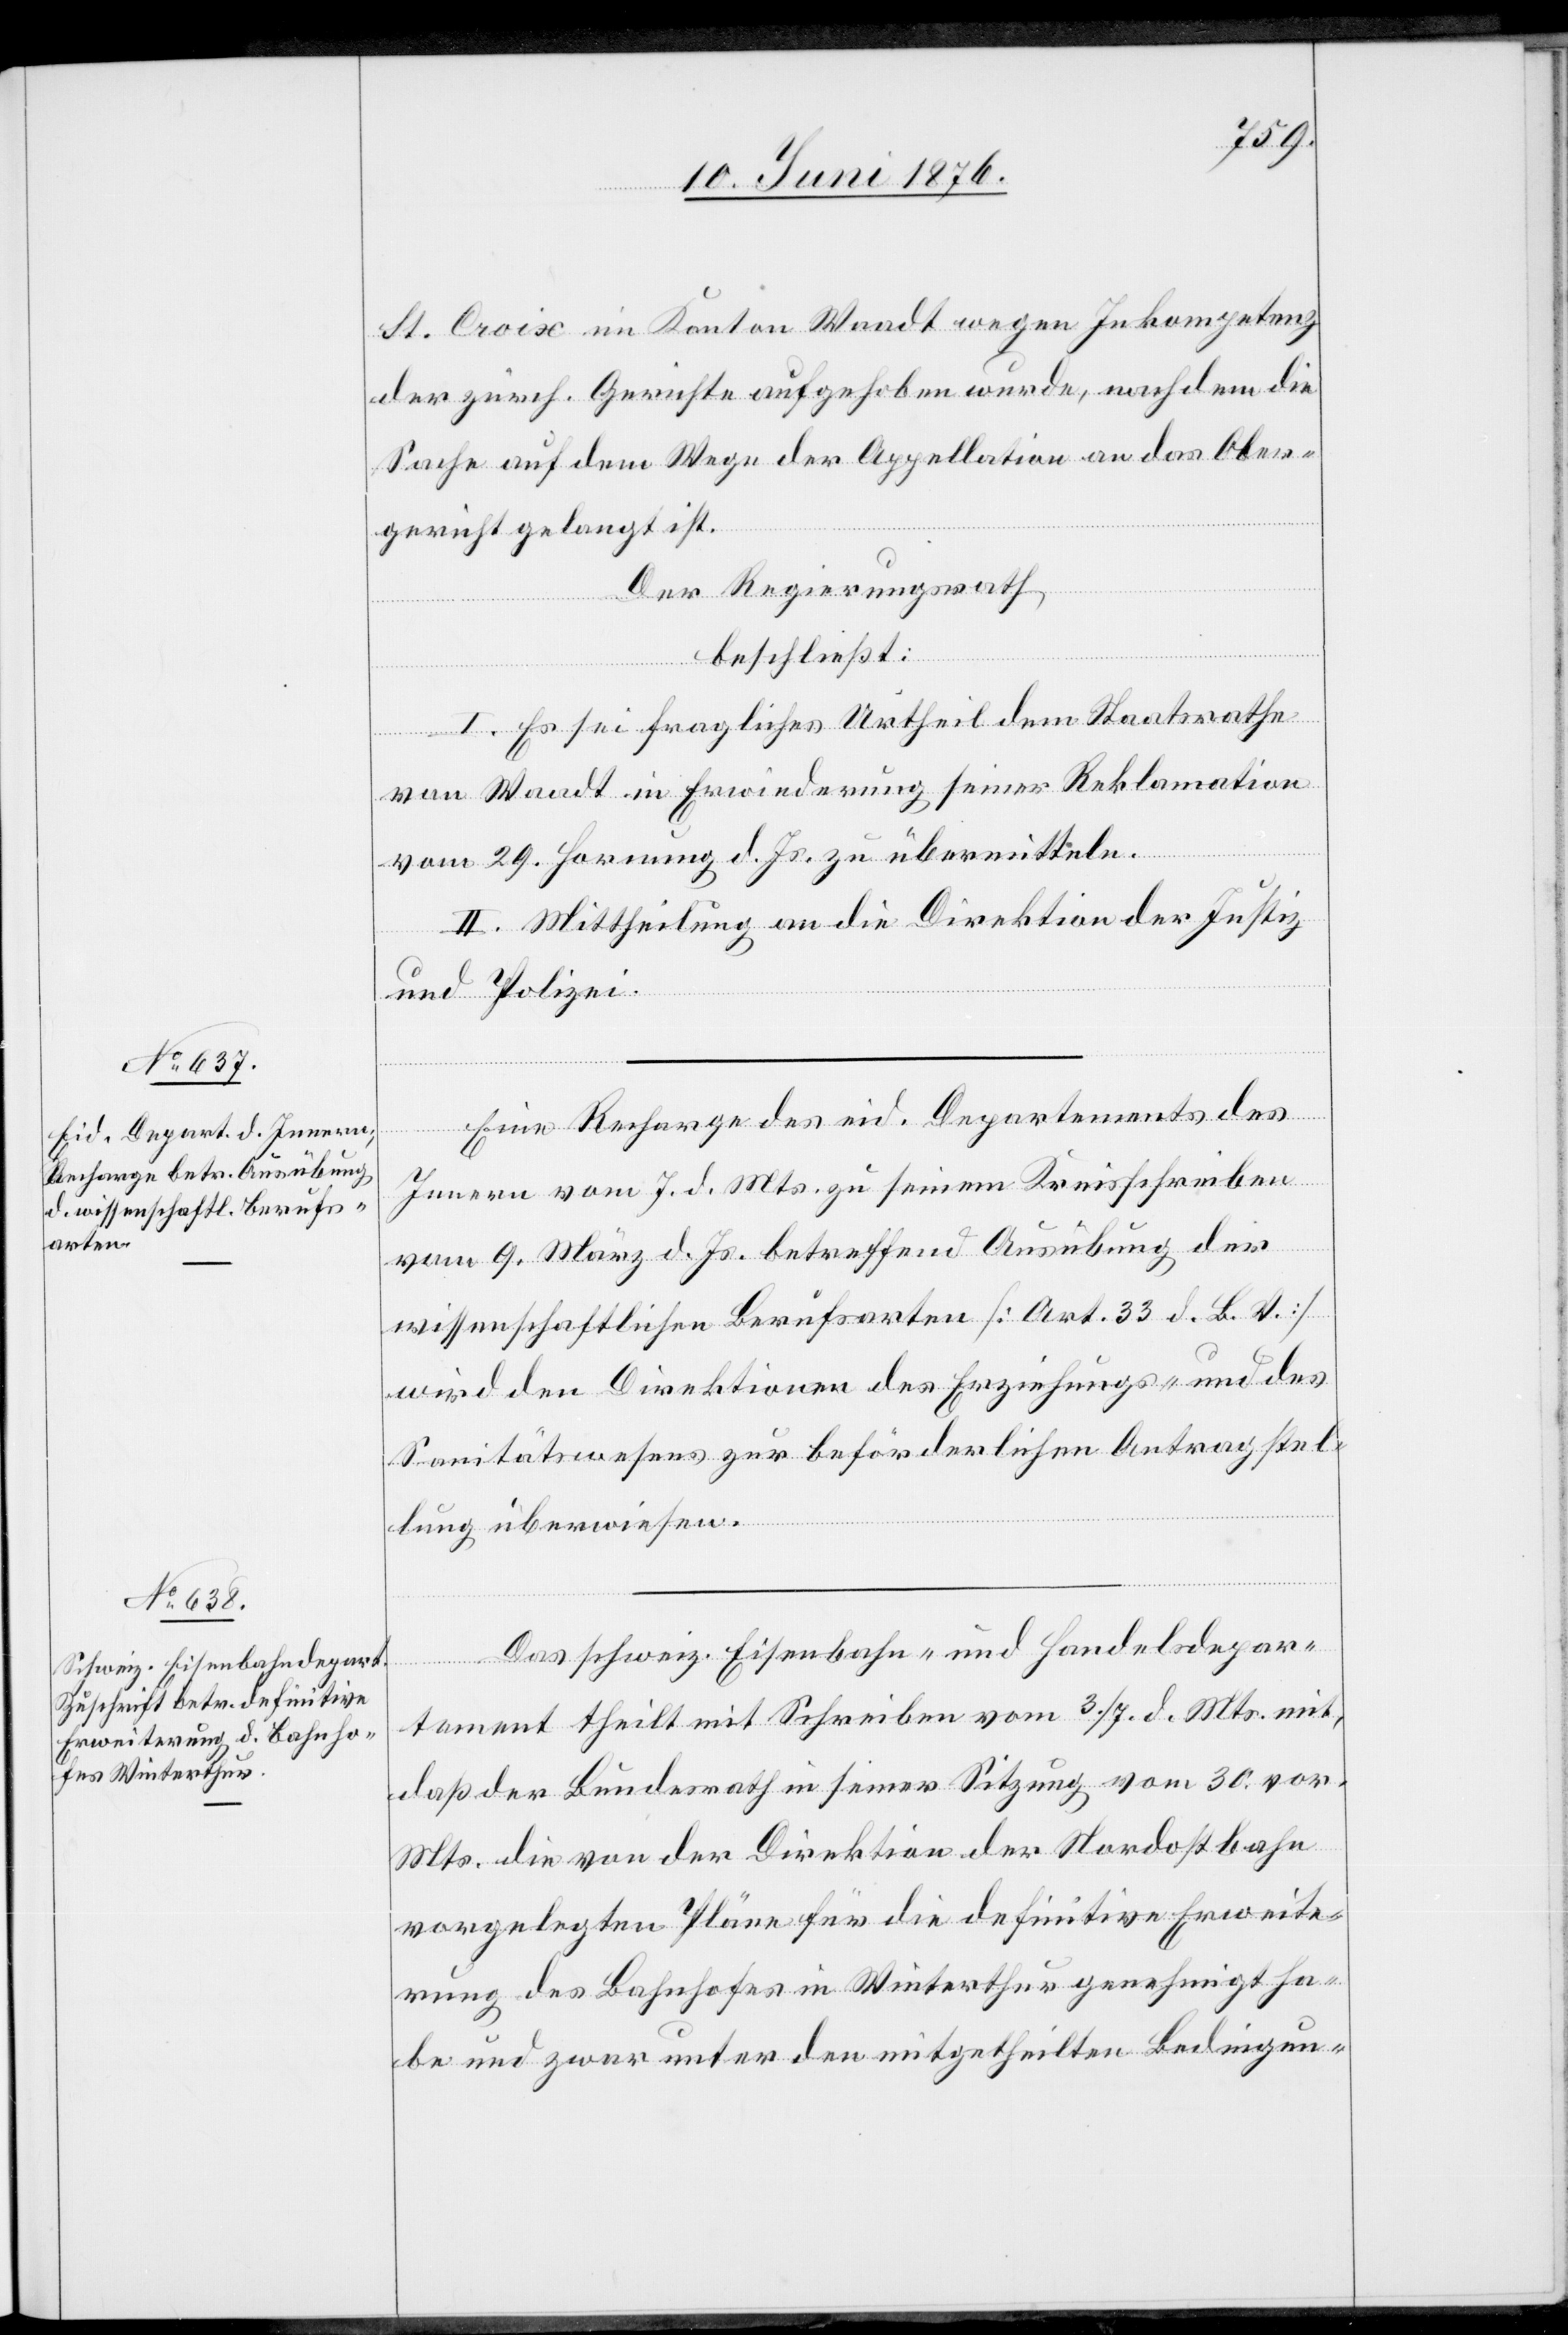
St. Croix im Kantons Waadt wegen Inkompetenz
der zürch. Gerichte aufgegeben wurde, nachdem die
Sache auf dem Wege der Appellation an das Ober¬
gericht gelangt ist.
Der Regierungsrath
beschließt:
I. Es sei fragliches Urtheil dem Staatsrathe
von Waadt in Erwiederung seiner Reklamation
vom 29. Hornung d. Js. zu übermitteln.
II. Mittheilung an die Direktion der Justiz
und Polizei.
Eine Recharge des eid. Departements des
Innern vom 7. d. Mts. zu seinem Kreisschreiben
epar¬
vom 9. März d. Js. betreffend Ausübung der
wissenschaftlichen Berufsarten [Art. 33 d. B. V.]
wird den Direktionen des Erziehungs- und des
Sanitätswesens zur beförderlichen Antragstel¬
lung überwiesen.
tement theilt mit Schreiben vom 3./7. d. Mts. mit,
daß der Bundesrath in seiner Sitzung vom 30. vor.
Mts. die von der Direktion der Nordostbahn
vorgelegten Pläne für die definitive Erweite¬
rung des Bahnhofes in Winterthur genehmigt ha¬
be und zwar unter den mitgetheilten Bedingun-